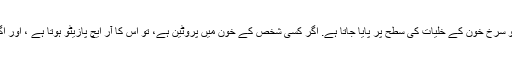
یاد رہے کہ آر ایچ ایک ایسا عنصر ہے جو سرخ خون کے خلیات کی سطح پر پایا جاتا ہے. اگر کسی شخص کے خون میں پروٹین ہے، تو اس کا آر ایچ پازیٹو ہوتا ہے ، اور اگر ایسا نہ ہو تو پھر آر ایچ نیگیٹو ہوتا ہے۔